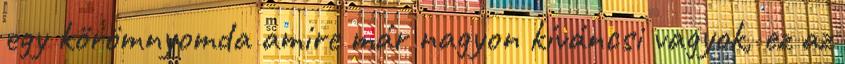
egy körömnyomda amire már nagyon kíváncsi vagyok, ez az